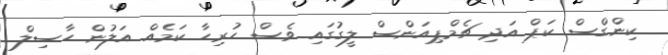
ކިންގްސް ކަޕް އަދި ޗެމްޕިއަންސް ލީގުގައި ވެސް ހުރިހާ ކަމެއް އަލުން ހާސިލް